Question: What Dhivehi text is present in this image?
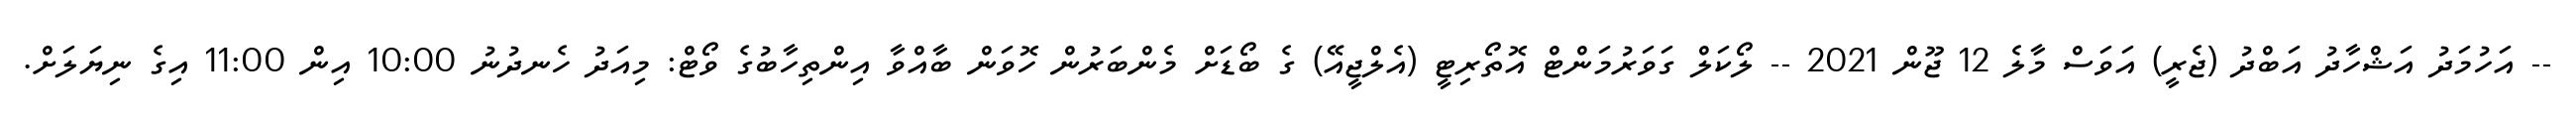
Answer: -- އަހުމަދު އަޝްހާދު އަބްދު (ޖެރީ) އަވަސް މާލެ 12 ޖޫން 2021 -- ލޯކަލް ގަވަރުމަންޓް އޮތޯރިޓީ (އެލްޖީއޭ) ގެ ބޯޑަށް މެންބަރުން ހޮވަން ބާއްވާ އިންތިހާބުގެ ވޯޓް: މިއަދު ހެނދުނު 10:00 އިން 11:00 އިގެ ނިޔަލަށް.